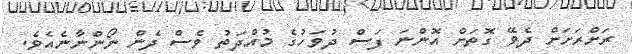
ރަށްރަށަށް ދެވޭ ގޮތަށް އޮންނަ ފަސް ދުވަހުގެ މުއްދަތު ވެސް ދެން ނޯންނާނެއެވެ.